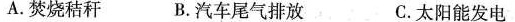
A.焚烧秸秆 B.汽车尾气排放 C.太阳能发电